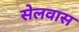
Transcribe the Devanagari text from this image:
सेलवास